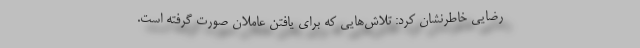
رضایی خاطرنشان کرد: تلاش‌هایی که برای یافتن عاملان صورت‌ گرفته است.